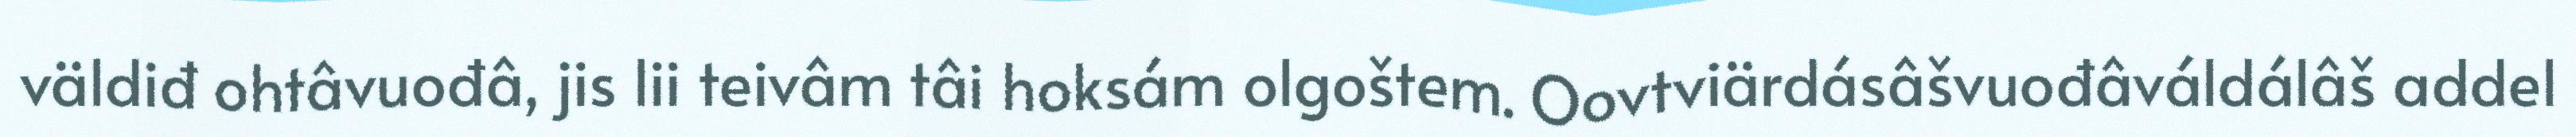
väldiđ ohtâvuođâ, jis lii teivâm tâi hoksám olgoštem. Oovtviärdásâšvuođâváldálâš addel